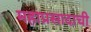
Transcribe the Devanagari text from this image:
महाप्रसादाची